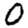
Digit: 0